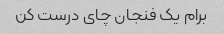
برام یک فنجان چای درست کن